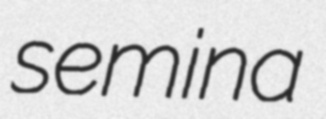
semina